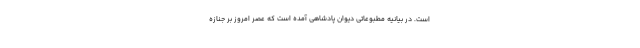
است. در بیانیه مطبوعاتی دیوان پادشاهی آمده است که عصر امروز‌ بر جنازه